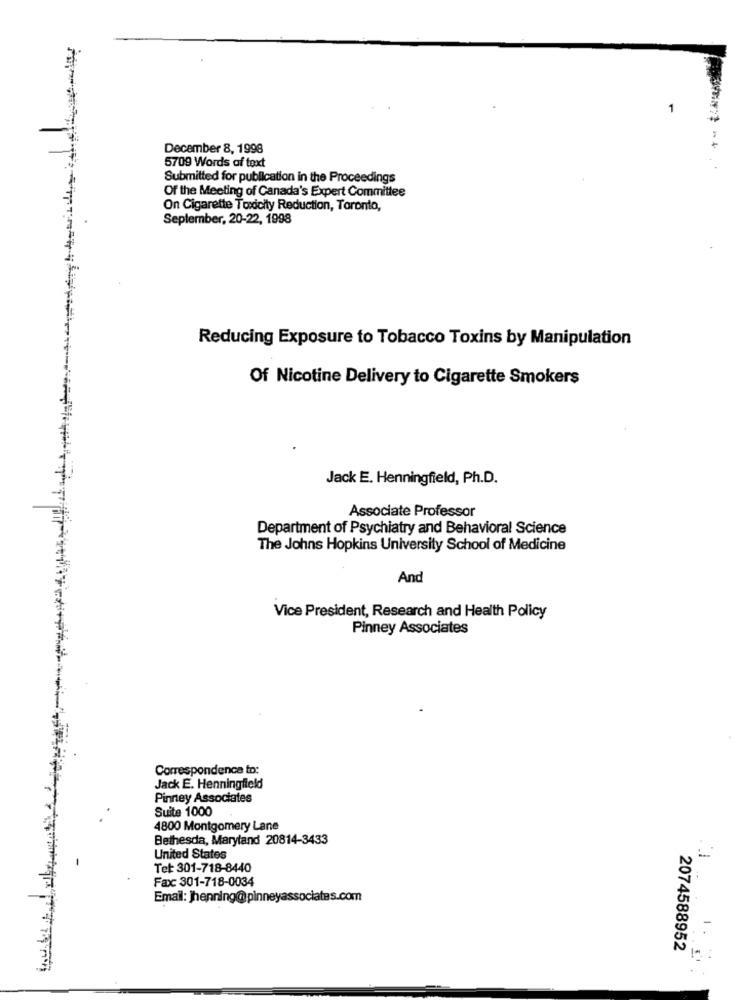
1
December 8, 1998
5709 Words of text
Submitted for publication in the Proceedings
Of the Meeting of Canada's Expert Committee
On Cigarette Toxicity Reduction, Toronto,
September, 20-22, 1998
Reducing Exposure to Tobacco Toxins by Manipulation
Of Nicotine Delivery to Cigarette Smokers
Jack E. Henningfield, Ph.D.
Associate Professor
Department of Psychiatry and Behavioral Science
The Johns Hopkins University School of Medicine
And
Vice President, Research and Health Policy
Pinney Associates
Correspondence to:
Jack E. Henningfield
Pinney Associates
Suite 1000
4800 Montgomery Lane
Bethesda, Maryland 20814-3433
United States
.1
Tet: 301-718-8440
Fax: 301-718-0034
Email: henning@pinney
.com
2074588952